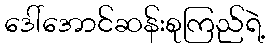
ဒေါ်အောင်ဆန်းစုကြည်ရဲ့